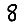
Digit: 8